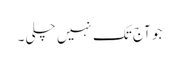
جو آج تک نہیں چلی۔